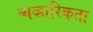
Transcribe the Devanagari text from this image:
व्यव्हारिकता